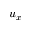
u _ { x }